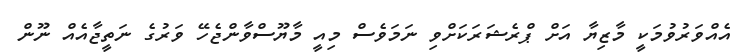
އެއްވަރުވުމަކީ މާޒިޔާ އަށް ޕްރެޝަރަކަށްވި ނަމަވެސް މިއީ މާޔޫސްވާންޖެހޭ ވަރުގެ ނަތީޖާއެއް ނޫން